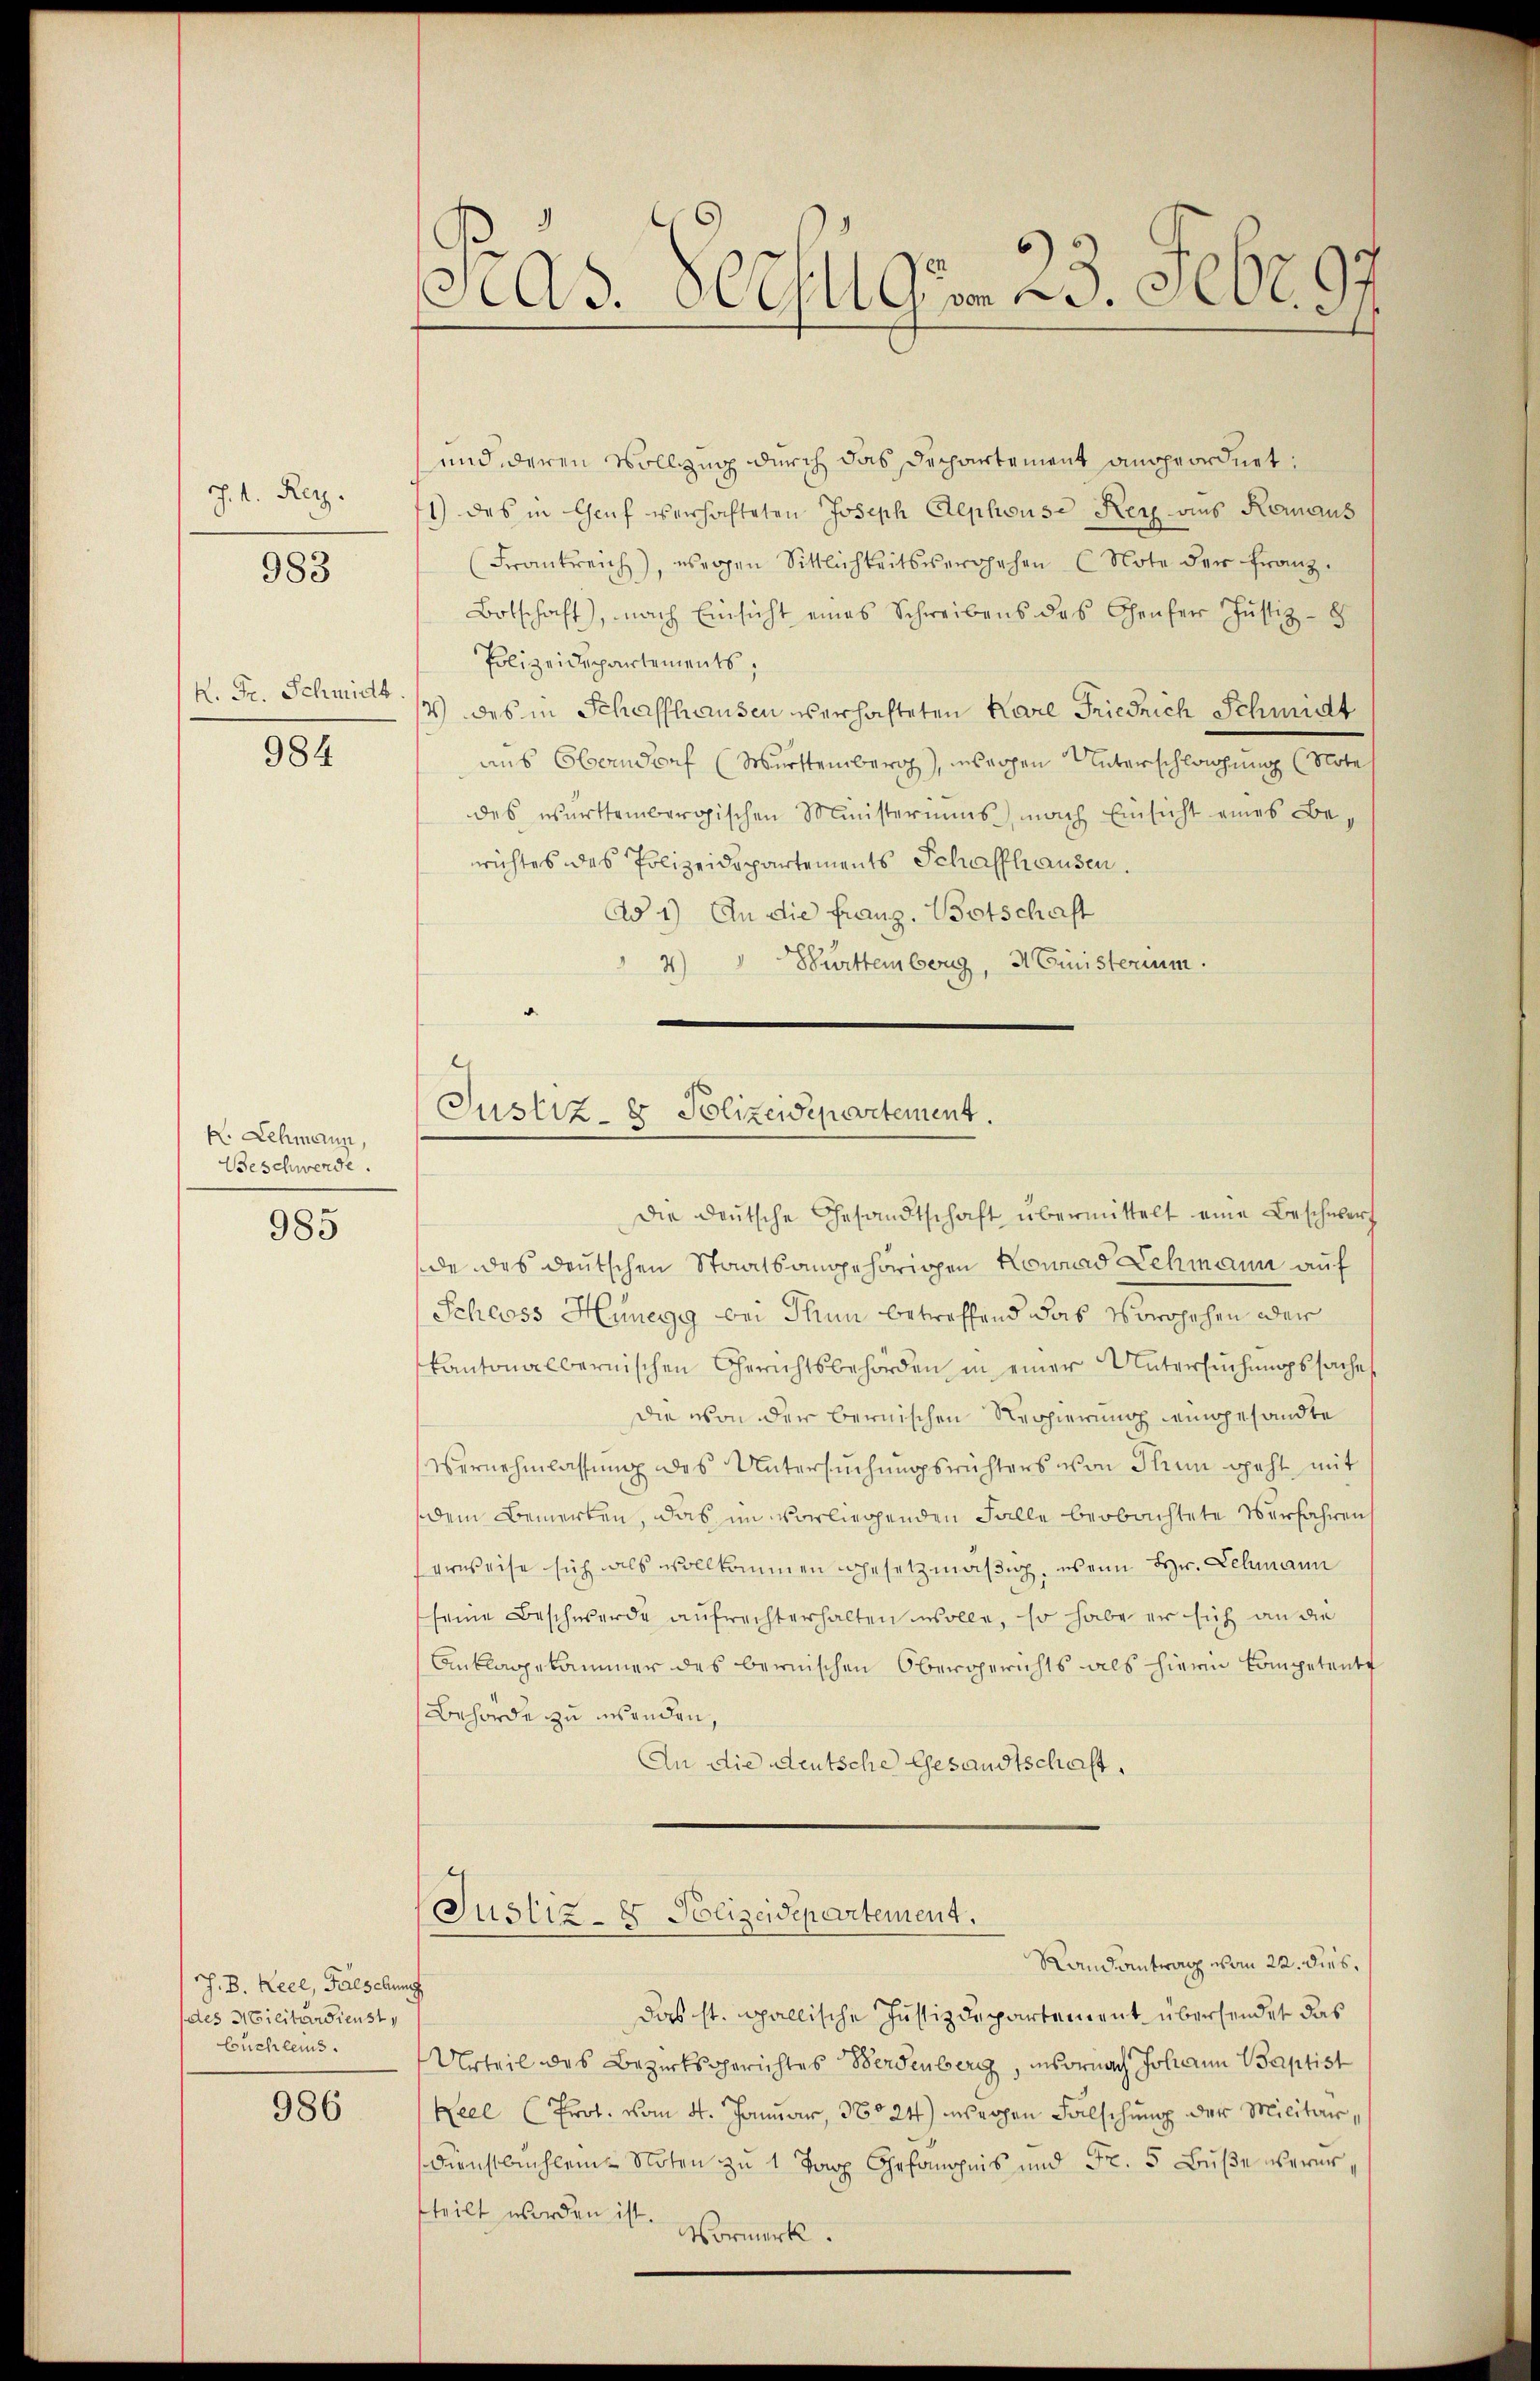
J. A. Reg.

983

K. Fr. Schmidt.
984

K. Lehmann,
Beschwerde.

985

J. B. Keel, Fälschung
des Militärdienst,
buchleis

986

Pras. Schulgen 23. Febr. 9.

und deren Vollzug durch das Dechartement angeordnet:
1) des in Genf verhafteten Joseph Alphouse Reiz aus Heraus
Frankreich, wegen Sittlichkeitsvergehen (Note der Franz.
Botschaft), nach Einsicht eines Schreibens das Genfer Justiz-
Polizeidepartements,
4) des in Schaffhausen verhafteten Karl Friedrich Schmidt
aus Oberndorf (Württemberg, wegen Unterschlagung (Note
des württembergischen Ministeriums nach Einsicht eines Bewichtes des Polizeidepartements Schaffhausen.
Ad 1) An die franz. Botschaft
4) Württemberg, Ministerium.
die deutsche Gesandtschaft übermittelt eine Beschwerf
de des deutschen Staatsangehörigen Konrad Lehmann auf
Schooss Hunegg bei Thun betreffend das Vorgehen oder
kantonalbernischen Gerichtsbehörden in einer Untersuchungssaches
die von der bernischen Regierung eingesandte
Vernehmlassung des Untersuchungsrichters von Thun geht, mit
dem Bemerken, das im vorliegenden Falle beobachtete Verfahren
erweise sich als vollkommen gesetzmäßig, wenn Hr. Schmann
seine Beschwerde aŭfrechterhalten wolle, so habe er sich an die
Anklagekammer des bernischen Obergerichts als hierin Competente
Behörde zu wenden,
An die Deutsche Gesandtschaft,
Justiz- & Polizeidepartement.
Randantrach vom 22. dies,
das st. gallische Justizdepartement übersendet das
Urteil des Bezirksgerichtes Werdenberg, insornach Johann Baptist
Keel (Prot. vom 4. Januar, 3024) weichen Falschung der Militär¬
Dienstbuchlein-Noten zu 1 Tag Gefängnis und Fr. 5 Buße verurtteilt werden ist. Vormerk.

Justiz- & Polizeidepartement.